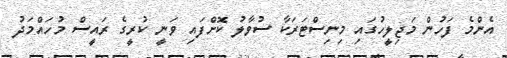
އެންމެ ފަހުން މަޖިލީހުގައި މިނިސްޓަރަކާ ސުވާލު ކޮށްފައި ވަނީ ކުރީގެ ރައީސް މުހައްމަދު